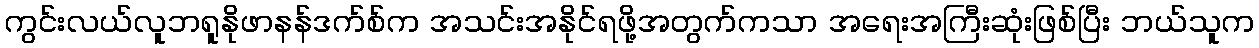
ကွင်းလယ်လူဘရူနိုဖာနန်ဒက်စ်က အသင်းအနိုင်ရဖို့အတွက်ကသာ အရေးအကြီးဆုံးဖြစ်ပြီး ဘယ်သူက